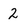
Character: 2